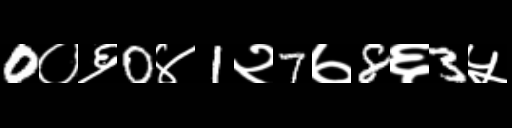
Text: 0०६0४1२7७8६3५